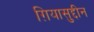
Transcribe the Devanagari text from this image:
ग़ियासुद्दीन